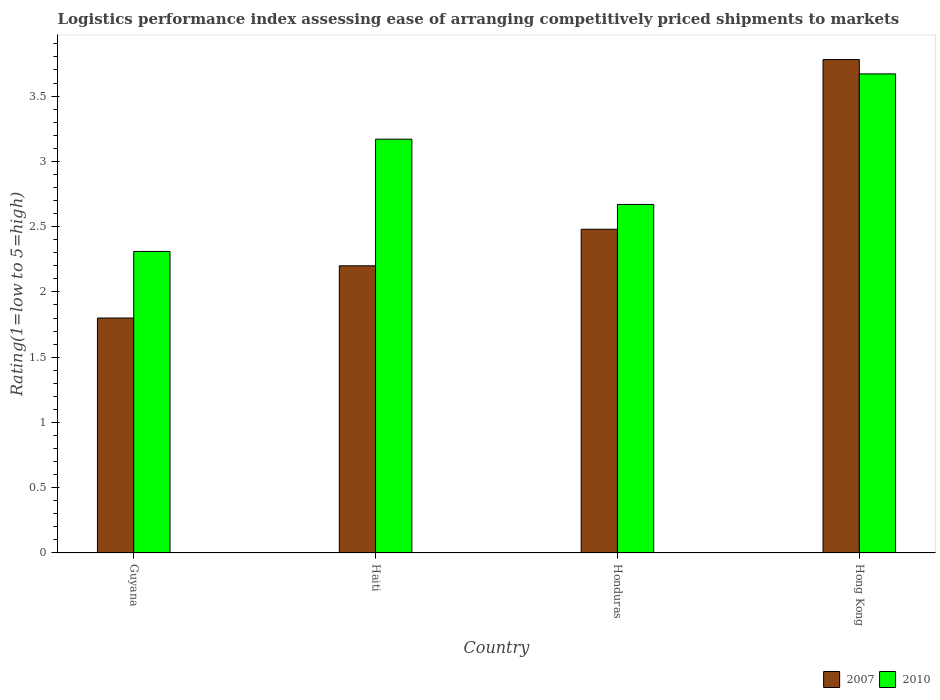
| Country | 2007 | 2010 |
 | --- | --- | --- |
 | Guyana | 1.8 | 2.31 |
 | Haiti | 2.2 | 3.17 |
 | Honduras | 2.48 | 2.67 |
 | Hong Kong | 3.78 | 3.67 |